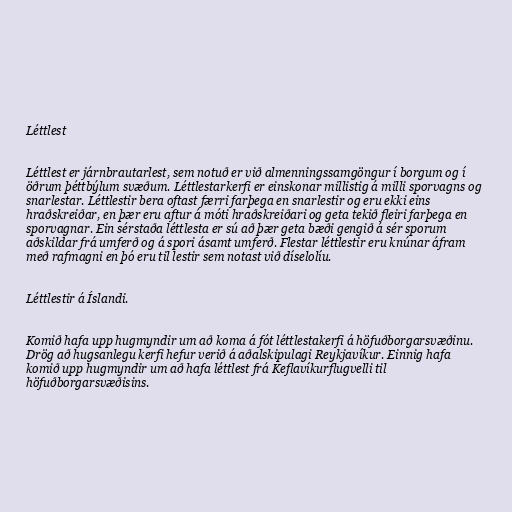
Léttlest

Léttlest er járnbrautarlest, sem notuð er við almenningssamgöngur í borgum og í
öðrum þéttbýlum svæðum. Léttlestarkerfi er einskonar millistig á milli sporvagns og
snarlestar. Léttlestir bera oftast færri farþega en snarlestir og eru ekki eins
hraðskreiðar, en þær eru aftur á móti hraðskreiðari og geta tekið fleiri farþega en
sporvagnar. Ein sérstaða léttlesta er sú að þær geta bæði gengið á sér sporum
aðskildar frá umferð og á spori ásamt umferð. Flestar léttlestir eru knúnar áfram
með rafmagni en þó eru til lestir sem notast við díselolíu.

Léttlestir á Íslandi.

Komið hafa upp hugmyndir um að koma á fót léttlestakerfi á höfuðborgarsvæðinu.
Drög að hugsanlegu kerfi hefur verið á aðalskipulagi Reykjavíkur. Einnig hafa
komið upp hugmyndir um að hafa léttlest frá Keflavíkurflugvelli til
höfuðborgarsvæðisins.